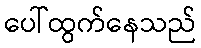
ပေါ်ထွက်နေသည်